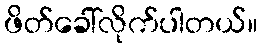
ဖိတ်ခေါ်လိုက်ပါတယ်။